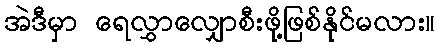
အဲဒီမှာ ရေလွှာလျှောစီးဖို့ဖြစ်နိုင်မလား။